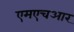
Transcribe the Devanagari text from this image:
एमएचआर